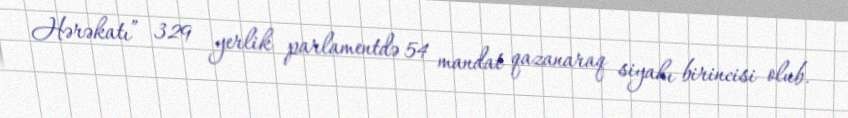
Hərəkatı” 329 yerlik parlamentdə 54 mandat qazanaraq siyahı birincisi olub.